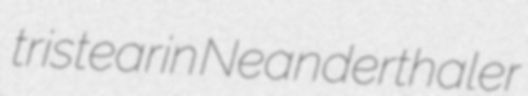
tristearin Neanderthaler